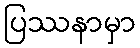
ပြဿနာမှာ